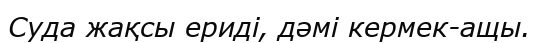
Суда жақсы ериді, дәмі кермек-ащы.